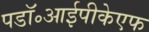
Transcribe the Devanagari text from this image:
पडॉ॰आईपीकेएफ